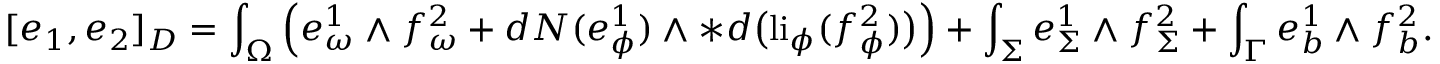
[ e _ { 1 } , e _ { 2 } ] _ { D } = \int _ { \Omega } \Big ( e _ { \omega } ^ { 1 } \wedge f _ { \omega } ^ { 2 } + d N ( e _ { \phi } ^ { 1 } ) \wedge \ast d \big ( \mathrm { l i } _ { \phi } ( f _ { \phi } ^ { 2 } ) \big ) \Big ) + \int _ { \Sigma } e _ { \Sigma } ^ { 1 } \wedge f _ { \Sigma } ^ { 2 } + \int _ { \Gamma } e _ { b } ^ { 1 } \wedge f _ { b } ^ { 2 } .